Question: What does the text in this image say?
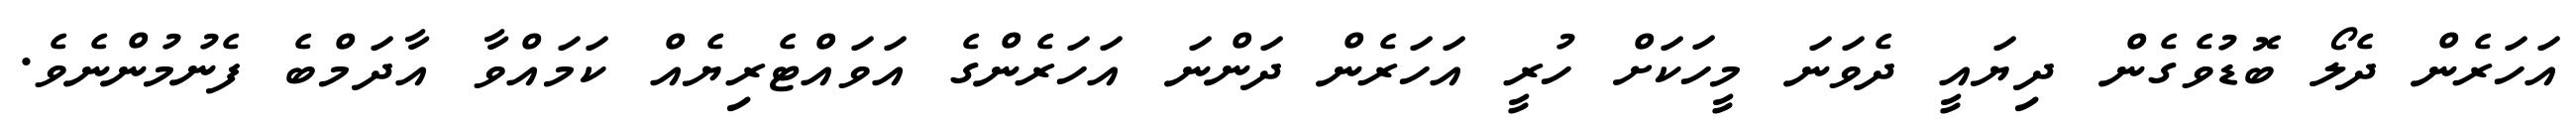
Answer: އަހަރެން ދެލޯ ބޮޑުވެގެން ދިޔައީ ދެވަނަ މީހަކަށް ހުރީ އަހަރެން ދަންނަ އަހަރެންގެ އަވައްޓެރިޔެއް ކަމައްވާ އާދަމްބެ ފެނުމުންނެވެ.